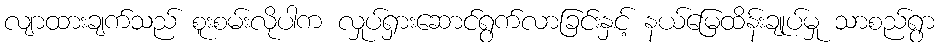
လျာထားချက်သည် စူးစမ်းလိုပါက လှုပ်ရှားဆောင်ရွက်လာခြင်းနှင့် နယ်မြေထိန်းချုပ်မှု သာစည်ရွာ